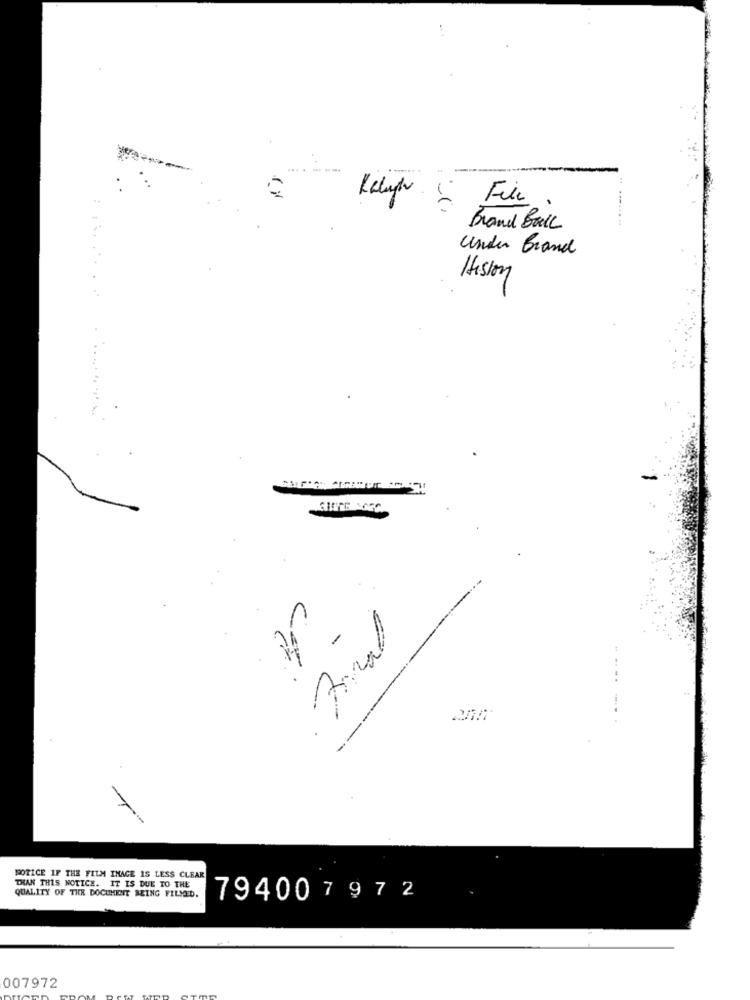
Kelugh
File
Brand Ball
under Brand
Anal
-
NOTICE IF THE FILM IMAGE IS LESS CLEAR
THAN THIS NOTICE. IT IS DUE TO THE
QUALITY OF THE DOCUMENT BEING FILMED.
794007972
007972